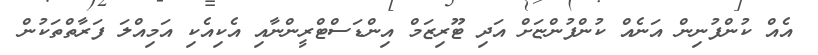
އެއް ކުންފުނިން އަނެއް ކުންފުންޏަށް އަދި ޓޫރިޒަމް އިންޑަސްޓްރީންނާއި އެކިއެކި އަމިއްލަ ފަރާތްތަކުން